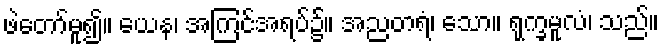
ဖဲတော်မူ၍။ ယေန၊ အကြင်အရပ်၌။ အညတရံ၊ သော။ ရုက္ခမူလံ၊ သည်။